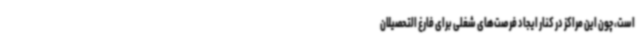
است، چون این مراکز در کنار ایجاد فرصت‌های شغلی برای فارغ التحصیلان